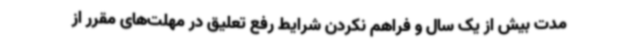
مدت بیش از یک سال و فراهم نکردن شرایط رفع تعلیق در مهلت‌های مقرر از